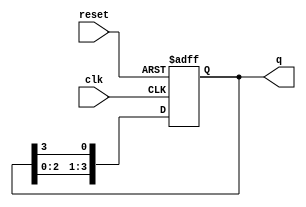
module ring_counter (
    input wire clk,        // Clock input
    input wire reset,      // Asynchronous reset input
    output reg [N-1:0] q   // Output states of the flip-flops
);
    parameter N = 4;      // Number of flip-flops (states)

    // Initialize the counter
    initial begin
        q = 4'b0001;      // Starting state with the first flip-flop set to '1'
    end

    // Sequential logic for the ring counter
    always @(posedge clk or posedge reset) begin
        if (reset) begin
            q <= 4'b0001;  // Reset to initial state
        end else begin
            q <= {q[N-2:0], q[N-1]}; // Shift the '1' to the next flip-flop
        end
    end
endmodule